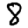
Digit: 8